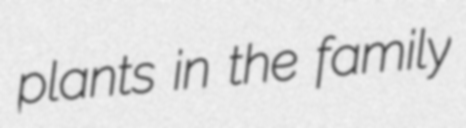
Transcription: plants in the family